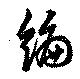
編